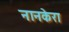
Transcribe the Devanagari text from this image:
नानकेरा